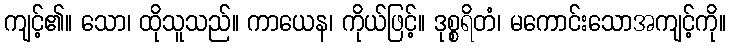
ကျင့်၏။ သော၊ ထိုသူသည်။ ကာယေန၊ ကိုယ်ဖြင့်။ ဒုစ္စရိတံ၊ မကောင်းသောအကျင့်ကို။